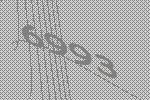
6993